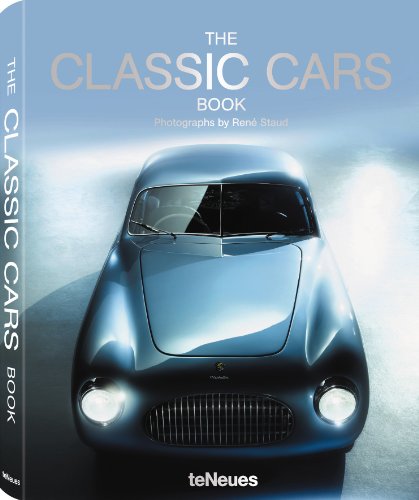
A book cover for The Classic Cars Book; Engineering & Transportation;